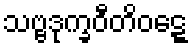
သဗ္ဗဒုက္ခဝီတိဝဋ္ဋေ